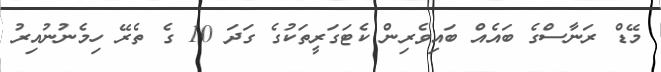
މޭޑް ރަނާސްގެ ބައެއް ބައިވެރިން ކެޓަގަރީތަކުގެ ގަދަ 10 ގެ ތެރޭ ހިމެނުނުއިރު